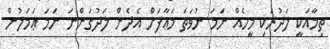
ތިމާއަކީ ލަދުރަކި މީހެއް ނަމަ ނުވަތަ މަޢާފަށް އެދެން ލަދުގަންނަ ނަމަ ޢަމަލުން